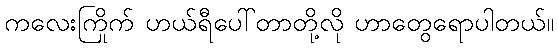
ကလေးကြိုက် ဟယ်ရီပေါ်တာတို့လို ဟာတွေရောပါတယ်။